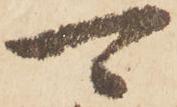
可